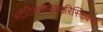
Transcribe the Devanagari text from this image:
स्टैटिककैरेक्टरिस्टिक्स